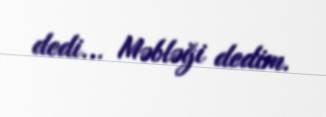
dedi... Məbləği dedim.